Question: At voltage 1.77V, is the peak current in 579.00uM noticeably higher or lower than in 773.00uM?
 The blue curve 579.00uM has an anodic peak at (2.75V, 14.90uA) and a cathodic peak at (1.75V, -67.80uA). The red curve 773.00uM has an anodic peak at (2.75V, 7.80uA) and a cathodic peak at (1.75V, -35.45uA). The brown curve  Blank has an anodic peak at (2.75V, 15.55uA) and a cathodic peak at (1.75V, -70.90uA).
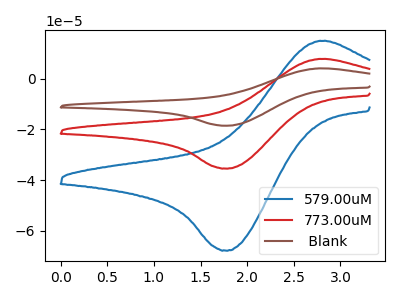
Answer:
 <answer>The peak at 1.77V is higher in "579.00uM" than in "773.00uM".</answer>
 <eval>higher</eval>